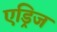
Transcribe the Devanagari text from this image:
एड्रिज